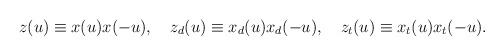
LaTeX: \begin{align*}z(u)\equiv x(u)x(-u),\quad z_d(u)\equiv x_d(u)x_d(-u),\quad z_t(u)\equiv x_t(u)x_t(-u). \end{align*}